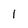
Character: l